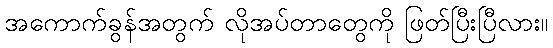
အကောက်ခွန်အတွက် လိုအပ်တာတွေကို ဖြတ်ပြီးပြီလား။